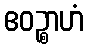
ဧဝဉ္စာဟံ